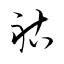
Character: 祜